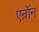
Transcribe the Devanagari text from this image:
एन्रॉन